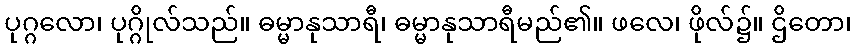
ပုဂ္ဂလော၊ ပုဂ္ဂိုလ်သည်။ ဓမ္မာနုသာရီ၊ ဓမ္မာနုသာရီမည်၏။ ဖလေ၊ ဖိုလ်၌။ ဌိတော၊